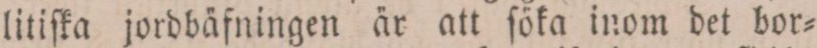
litiſka jordbäfningen är att ſöka inom det bor=